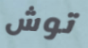
توش